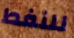
للنفط